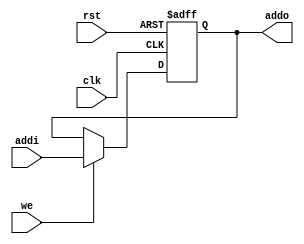
// PC
module ProgramCounter (
  input [7:0] addi,
  input clk,
  input rst,
  input we,
  output reg [7:0] addo
);

always @(posedge clk or negedge rst) begin
    if (~rst) begin
       addo <= 8'h0;
    end
    else if(we) begin
      addo <= addi;
    end
    $display("address: %d", addo);
end

endmodule

// Branch control
module BranchCntrl (
  input [1:0] ZN,
  input [3:0] op,
  input brx,
  output lr_we,
  output [1:0] pc_sec,
  output is_branch
);

assign  lr_we = (op == 4'hb) ? 1'b1 : 1'b0; //BR.SUB
assign  pc_sec = (op == 4'hc) ? 2'b10 : //RETURN
                 ((op == 4'h9) || //BR
                  (op == 4'hb) || //BR.SUB
                  ({op, brx, ZN[1]} == 6'b101001) || //BR.Z
                  ({op, brx, ZN[0]} == 6'b101011)) ? 2'b01 : 2'b00; //BR.N

assign  is_branch = (lr_we || pc_sec) ? 1'b1 : 1'b0;

endmodule

module ExtOutCntrl (
    input [7:0] ra, 
    input [3:0] op,
    input clk,
    output reg [7:0] out = 8'h0
);

always @(negedge clk) begin 
  if (op == 4'b0110) begin
    $display("out put: %h", ra);
    out <= ra;
  end
end
endmodule

// Write back control
module WBCntrl (
  input [7:0] alu,
  input [7:0] mem,
  input [3:0] op,
  output [7:0] wbdata,
  output rfwe
);
assign rfwe = ( (op ==  4'h1) || // ADD
                (op ==  4'h2) || // SUB
                (op ==  4'h3) || // NAND
                (op ==  4'h4) || // SHL
                (op ==  4'h5) || // SHR
                (op ==  4'h7) || // IN
                (op ==  4'h8) || // MOV
                (op ==  4'hd) || // LOAD
                (op ==  4'hf) ) ? 1'b1 : 1'b0; // LOADIMM
assign wbdata = (op == 4'hd) ? mem : alu; // LOAD
endmodule

module BubbleCntrl (
   input [7:0] ins_ahead,
   input [7:0] ins_follow,
   input clk,
   output reg pc_en
);

function is_read_ra(input [3:0] op);
  begin
    is_read_ra = (op == 4'h1 || //ADD
                  op == 4'h2 || //SUB
                  op == 4'h3 || //NAND
                  op == 4'h4 || //SHL
                  op == 4'h5 || //SHR
                  op == 4'h6 || //OUT
                  op == 4'he) ? 1'b1 : 1'b0;   //STORE
  end
endfunction 

function is_read_rb (input [3:0] op);
  begin
    is_read_rb = (op == 4'h1 || //ADD
                  op == 4'h2 || //SUB
                  op == 4'h3 || //NAND
                  op == 4'h8) ? 1'b1 : 1'b0; //MOV
  end
endfunction

// Load followed by another instruction
always @(negedge clk) begin 
  if ( ins_ahead[7:4] == 4'hd && (is_read_ra(ins_follow[7:4]) && ins_ahead[3:2] == ins_follow[3:2]) ) begin
        pc_en <= 1'b0; // Bubble inserted, PC stall
        $display("%h, %h", ins_ahead, ins_follow);
        $display("1Bubble inserted!");
  end
  else if (ins_ahead[7:4] == 4'hd && (is_read_rb(ins_follow[7:4]) && ins_ahead[3:2] == ins_follow[1:0])) begin
        pc_en <= 1'b0; // Bubble inserted, PC stall
        $display("%h, %h", ins_ahead, ins_follow);
        $display("2Bubble inserted!");
  end
  else begin
    pc_en <= 1'b1;
  end
end

endmodule

module DMWriteCntrl ( 
  input [3:0] op,
  output dm_en
);
assign dm_en = (op === 4'he) ? 1'b1 : 1'b0; // STORE
endmodule

// Handle EXE to EXE forwarding
module ForwardCntrl (
  input [15:0] exeout_ahead,
  input [15:0] dmout_ahead,
  input [15:0] ins_follow,
  input [7:0] ra,
  input [7:0] rb,
  input [7:0] alu_result,
  input [7:0] dm_mem_out,
  input [7:0] dm_alu_out,
  output [7:0] rao,
  output [7:0] rbo
);

function  is_write_ra (input [3:0] op); 
  is_write_ra =  (op == 4'h1 ||
                  op == 4'h2 ||
                  op == 4'h3 ||
                  op == 4'h4 ||
                  op == 4'h5 ||
                  op == 4'h7 ||
                  op == 4'h8 ||
                  op == 4'hf) ? 1'b1 : 1'b0;
endfunction

function  is_read_ra (input [3:0] op); 
  is_read_ra = (op == 4'h1 ||
                op == 4'h2 ||
                op == 4'h3 ||
                op == 4'h4 ||
                op == 4'h5 ||
                op == 4'h6 || 
                op == 4'he) ? 1'b1 : 1'b0;
endfunction

function  is_read_rb (input [3:0] op); 
  is_read_rb = (op == 4'h1 ||
                op == 4'h2 ||
                op == 4'h3 ||
                op == 4'h8) ? 1'b1 : 1'b0;
endfunction

function is_load (input [3:0] op );
  is_load = (op == 4'hd) ? 1'b1 : 1'b0;
endfunction

assign rao = (is_load(dmout_ahead[7:4]) && is_read_ra(ins_follow[7:4]) && (dmout_ahead[3:2] == ins_follow[3:2])) ? dm_mem_out : 
             (is_write_ra(exeout_ahead[7:4]) && is_read_ra(ins_follow[7:4]) && (exeout_ahead[3:2] == ins_follow[3:2])) ? alu_result : 
             (is_write_ra(dmout_ahead[7:4]) && is_read_ra(ins_follow[7:4]) && (dmout_ahead[3:2] == ins_follow[3:2])) ? dm_alu_out : ra;

assign rbo = (is_load(dmout_ahead[7:4]) && is_read_rb(ins_follow[7:4]) && (dmout_ahead[3:2] == ins_follow[1:0])) ? dm_mem_out :
             (is_write_ra(exeout_ahead[7:4]) && is_read_rb(ins_follow[7:4]) && (exeout_ahead[3:2] == ins_follow[1:0])) ? alu_result :
             (is_write_ra(dmout_ahead[7:4]) && is_read_rb(ins_follow[7:4]) && (dmout_ahead[3:2] == ins_follow[1:0])) ? dm_alu_out : rb;
endmodule

// Multiplexor of 3 -> 1
module Mux_3_to_1 (
  input [7:0] in0,
  input [7:0] in1,
  input [7:0] in2, 
  input [1:0] sel,
  output [7:0] dout
);

assign dout = (sel == 2'b00) ? in0 : 
              (sel == 2'b01) ? in1 : in2;       
endmodule

// Two to One Multiplexor
module Mux_2_to_1(
  input sel, // Selection input
  input [7:0] din0, // Input 0
  input [7:0] din1, // Input 1
  output [7:0] dout // Output
);
assign dout = sel ? din1 : din0;
endmodule